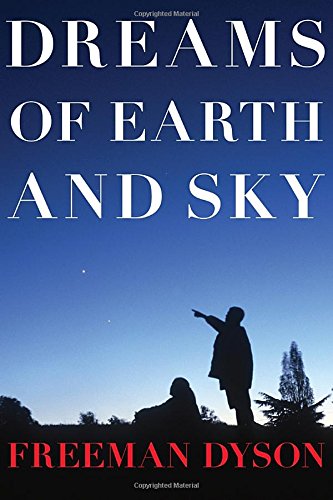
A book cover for Dreams of Earth and Sky; Freeman Dyson; Science & Math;